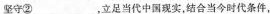
坚守②___，立足当代中国现实，结合当今时代条件，